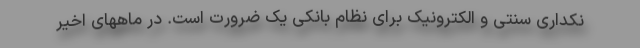
نکداری سنتی و الکترونیک برای نظام بانکی یک ضرورت است. در ماههای اخیر